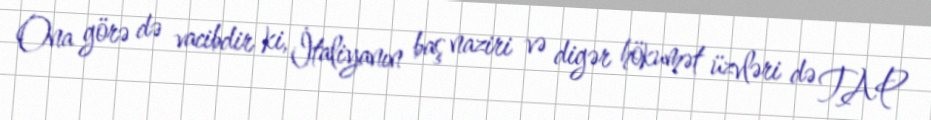
Ona görə də vacibdir ki, İtaliyanın baş naziri və digər hökumət üzvləri də TAP